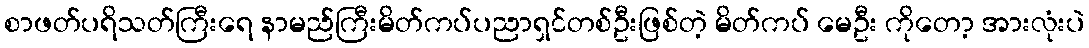
စာဖတ်ပရိသတ်ကြီးရေ နာမည်ကြီးမိတ်ကပ်ပညာရှင်တစ်ဦးဖြစ်တဲ့ မိတ်ကပ် မေဦး ကိုတော့ အားလုံးပဲ